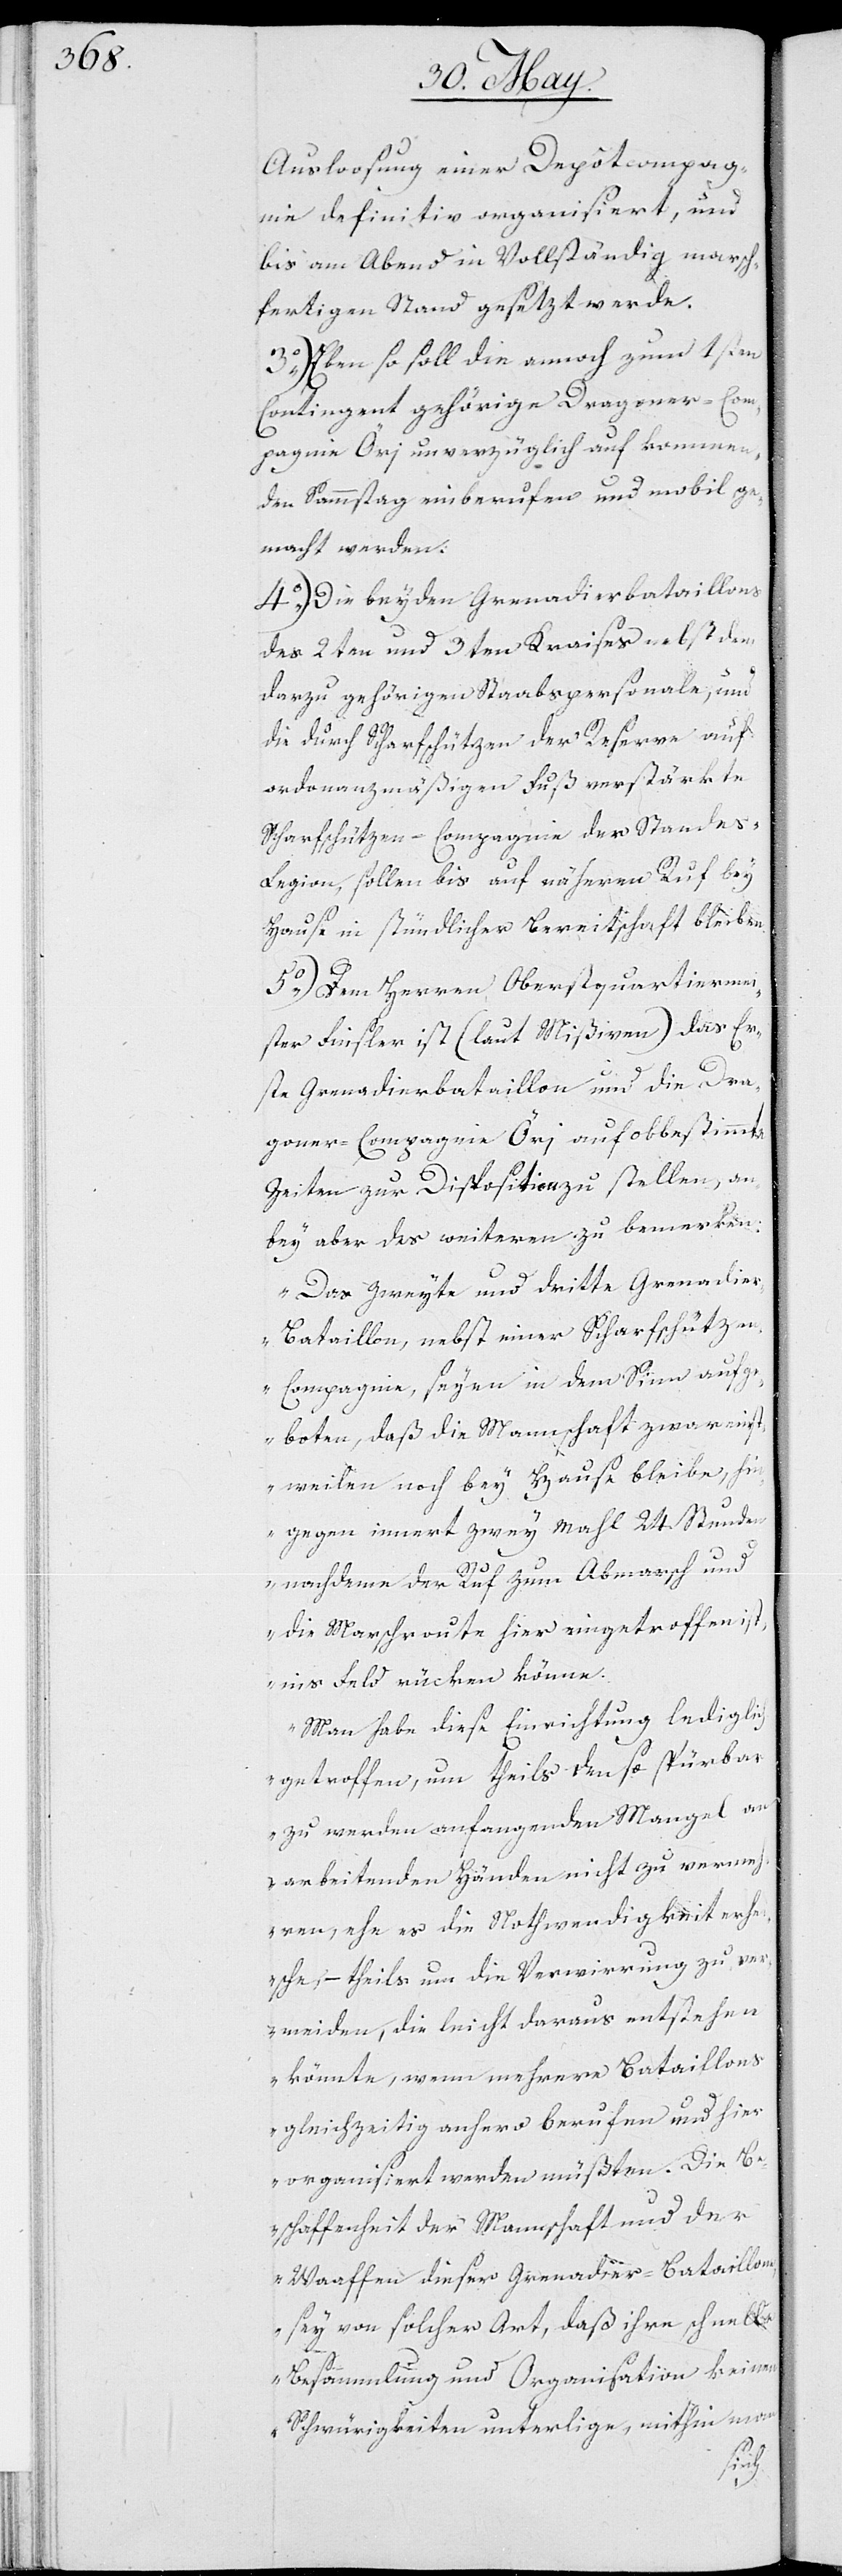
Ausloosung einer Depotcompag¬
nie definitiv organisiert, und
bis am Abend in vollständig marsch¬
fertigen Stand gesetzt werde.
3.) Eben so soll die annoch zum 1sten
Contingent gehörige Dragoner-Com¬
pagnie Örj unverzüglich auf kommen¬
den Sammstag einberufen und mobil ge¬
macht werden.
4.) Die beyden Grenadierbataillons
des 2ten und 3ten Kreises nebst dem
darzu gehörigen Staabspersonale und
die durch Scharfschützen der Reserve auf
ordonnanzmäßigen Fuß verstärkte
Scharfschützen-Compagnie der Standes¬
legion sollen bis auf näheren Ruf bey
Hause in stündlicher Bereitschaft bleiben.
5.) Dem Herren Oberstquartiermei¬
ster Finsler ist (laut Mißiven) das Er¬
ste Grenadierbataillon und die Dra¬
goner-Compagnie Örj auf obbestimmte
Zeiten zur Disposition zu stellen, an¬
bey aber des weiteren zu bemerken:
„Das zweyte und dritte Grenadie¬
r-Bataillon, nebst einer Scharfschütze¬
n-Compagnie, seyen in dem Sinn aufge¬
boten, daß die Mannschaft zwar einst¬
weilen noch bey Hause bleibe, hi¬
ngegen innert zwey Mahl 24. Stunden
nachdem der Ruf zum Abmarsch und
die Marschroute hier eingetroffen ist,
ins Feld rücken könne.
Man habe diese Einrichtung lediglich
getroffen, um theils den so spürbar
zu werden anfangenden Mangel an
arbeitenden Händen nicht zu vermeh¬
ren, ehe es die Nothwendigkeit erhe¬
ische, – theils um die Verwirrung zu ver¬
meiden, die leicht daraus entstehen
könnte wenn mehrere Bataillons
gleichzeitig anhero berufen und hier
organisiert werden müßten. Die Be¬
schaffenheit der Mannschaft und der
Waffen dieser Grenadier-Bataillons,
sey von solcher Art, daß ihre schnelle
Besammlung und Organisation keinen
Schwürigkeiten unterlige, mithin man